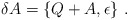
\begin{align*}\delta A=\{Q+A,\epsilon\}~.\end{align*}